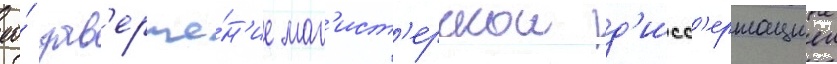
ео́ зав'ерше́н'ие маг'ист'ерскои д'исс'ертациеи